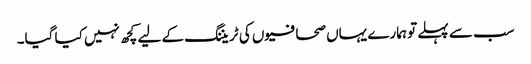
سب سے پہلے تو ہمارے یہاں صحافیوں کی ٹریننگ کے لیے کچھ نہیں کیا گیا۔